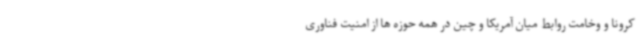
کرونا و وخامت روابط میان آمریکا و چین در همه حوزه ها از امنیت فناوری